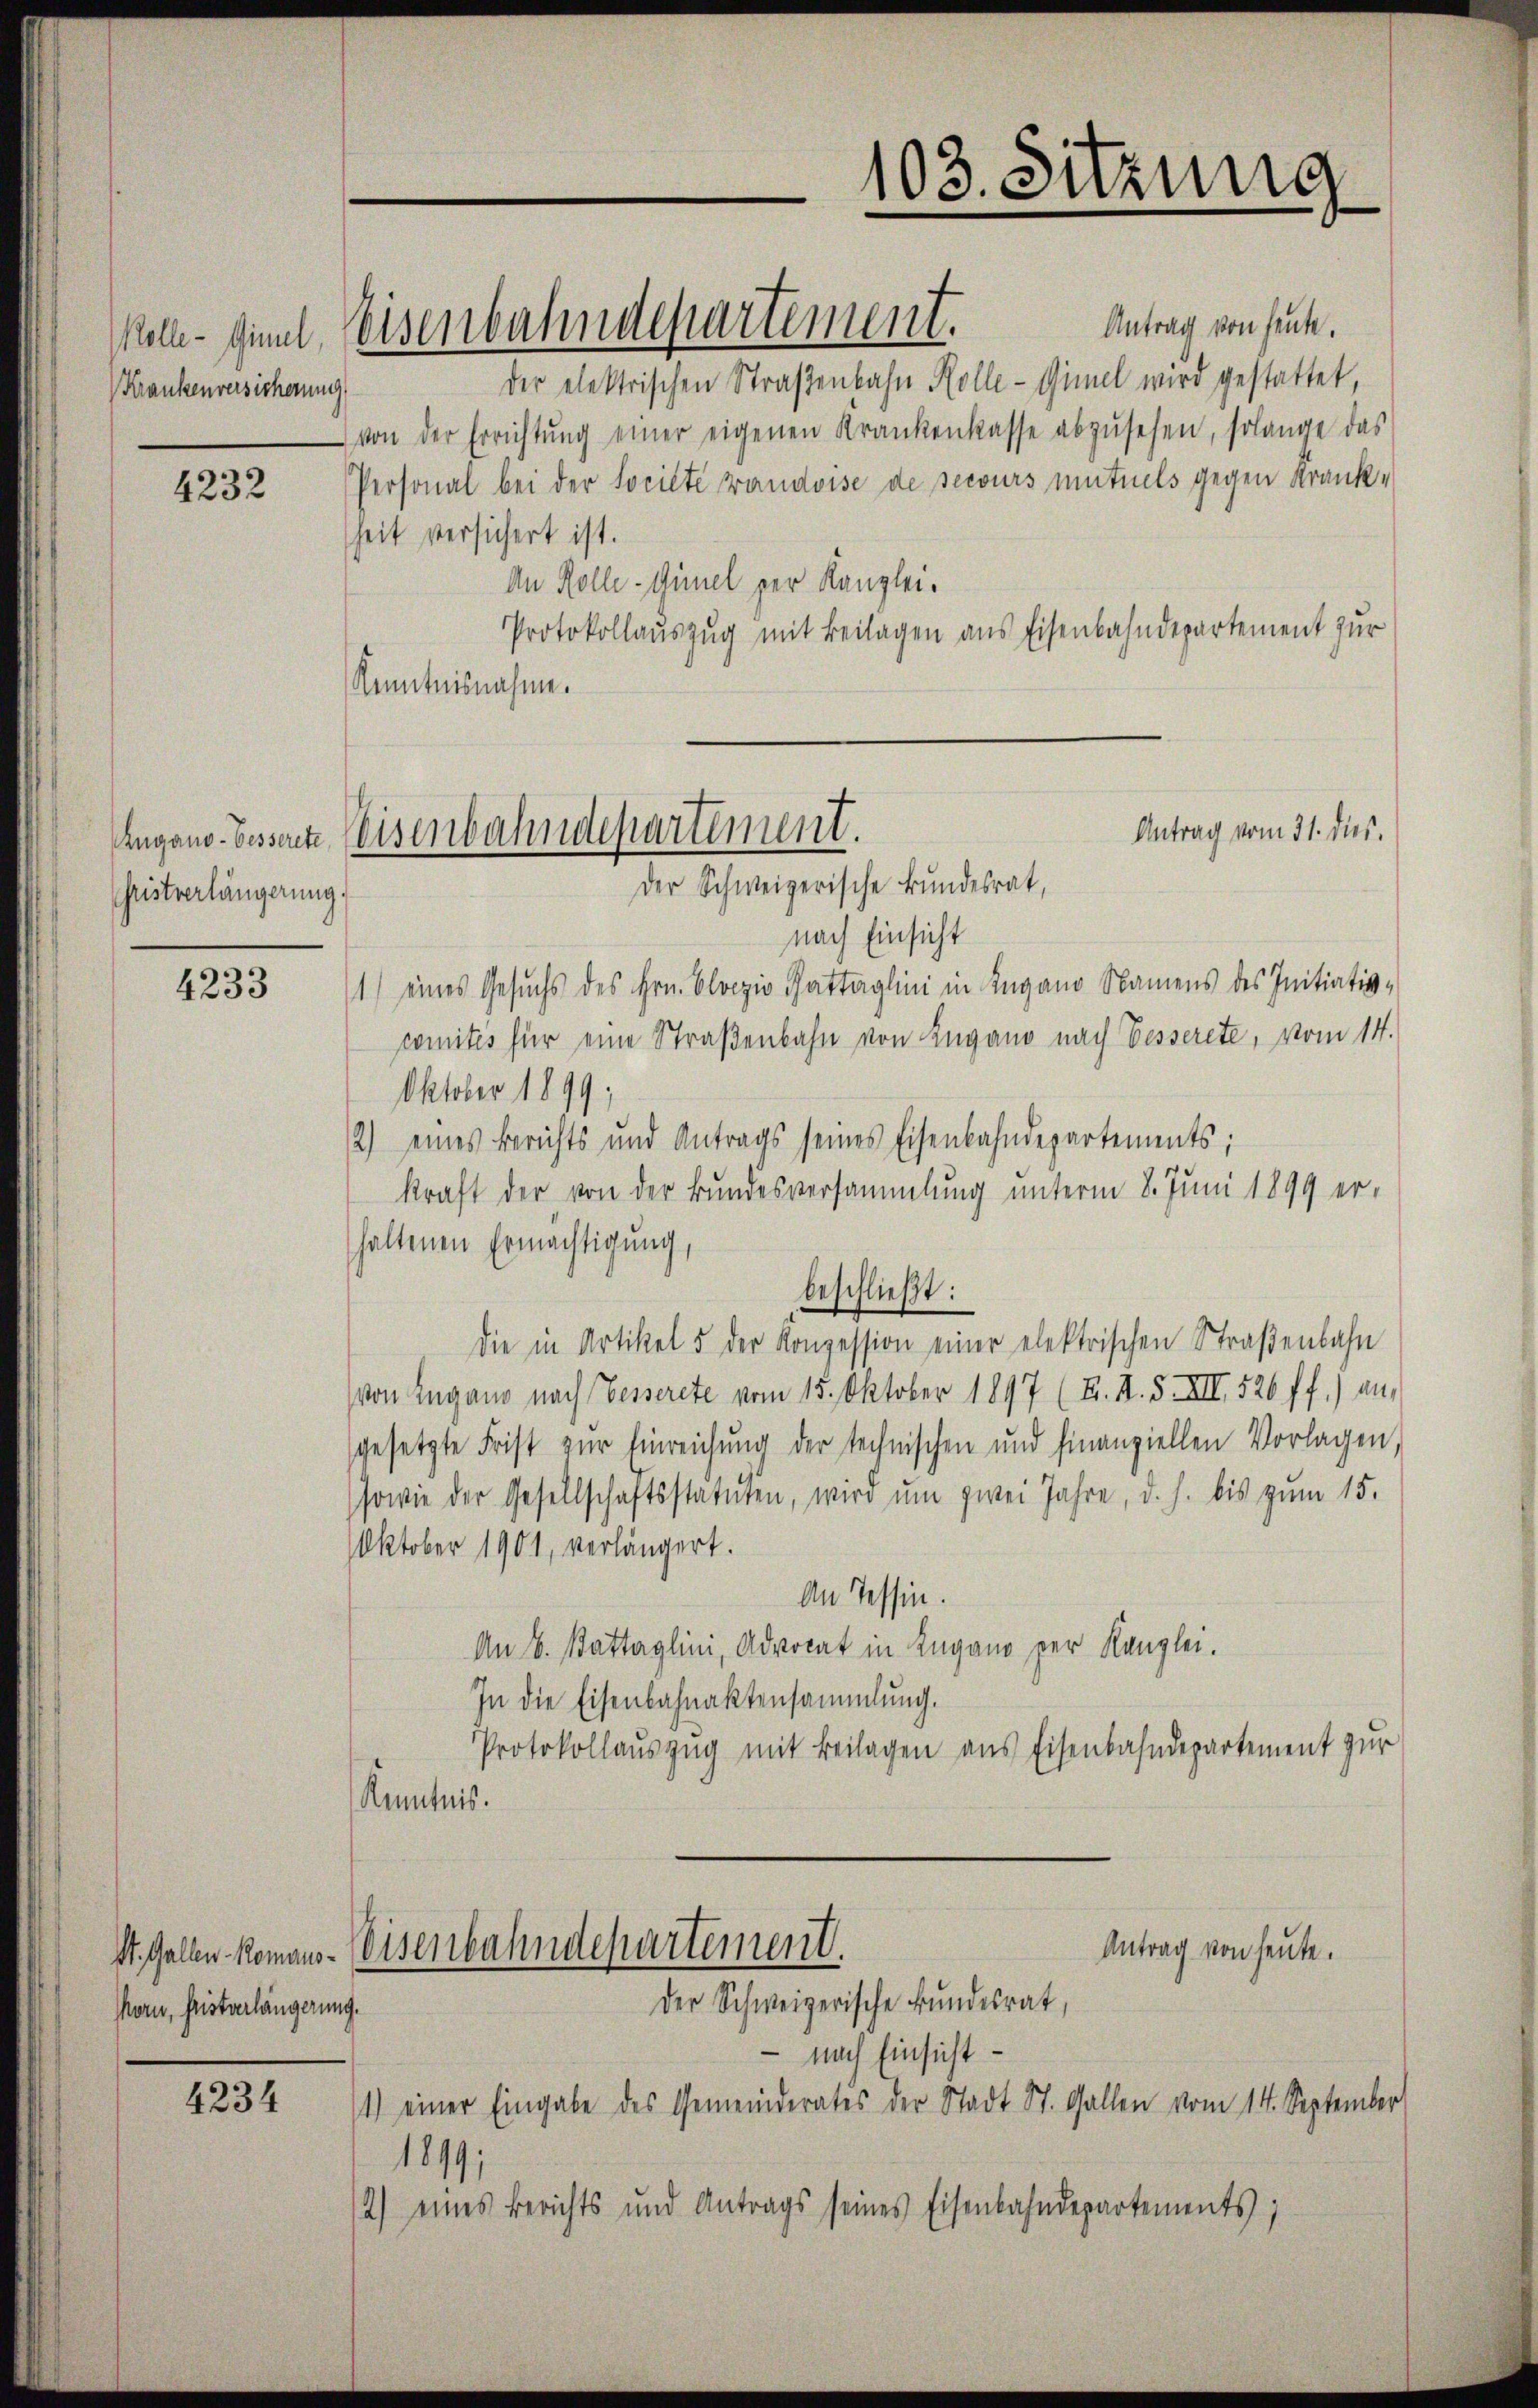
Krankenversicherung

4232

Augano- besserete,
Fristverlängerung.

4233

St. Gallen Romanskorn, fristverlängerun

4234

koll findl Weisenbahndepartement.

Antrag von heute.
der elektrischen Straßenbahn Kolle-Gimel wird gestattet,
von der Errichtŭng einer eigenen Krankenkasse abzŭsehen, solange das
Personal bei der Socilte vaudoise de securs mutuels gegen Krankheit versichert ist.
An Rolle-Ginel per Kanzlei.
Protokollauszug mit Beilagen aus Eisenbahndepartement zur
Kenntnisnahme.
nach Einsicht
1) eines Gesuchs des Hrn. Bloczio Gattaglini in Lugano Namens des Initiativ-
comités für eine Straßenbahn von Lugano nach Besserete, vom 14.
Oktober 1899;
2) eines Berichts und Antrags seines Eisenbahndepartements;
kraft der von der Bundesversammlung unterm 8. Juni 1899 er-
haltenen Ermächtigung,
beschließt:
die in Artikel 5 der Konzession einer elektrischen Straßenbahn
von Lugano nach Besserete vom 15. Oktober 1897 (B. I. 5. XII. 526 ff.) an-
gesetzte Frist zŭr Einreichung der technischen und finanziellen Vorlagen,
sowie der Gesellschaftsstatuten, wird ŭm zwei Jahre, d. h. bis zum 15.
Oktober 1901, verlängert.
An Tessin.
An 6. Battaglini, Advocat in Lugano per Kanzlei.
In die Eisenbahnaktensammlung.
Protokollauszug mit Beilagen aus Eisenbahndepartement zur
Kenntnis.

103. Sitzung

Antrag vom 31. dies.
Eisenbahndepartement.
Der Schweizerische Bundesrat,

Antrag von heute.
Eisenbahndepartement.
der Schweizerische Bundesrat,
.

nach Einsicht
1) einer Eingabe des Gemeinderates der Stadt St. Gallen vom 14. September
1849;
2) eines Berichts und Antrags seines Eisenbahndepartements;